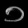
Digit: ၁